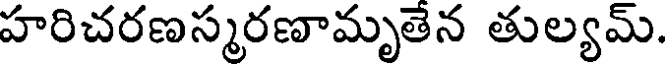
హరిచరణస్మరణామృతేన తుల్యమ్.